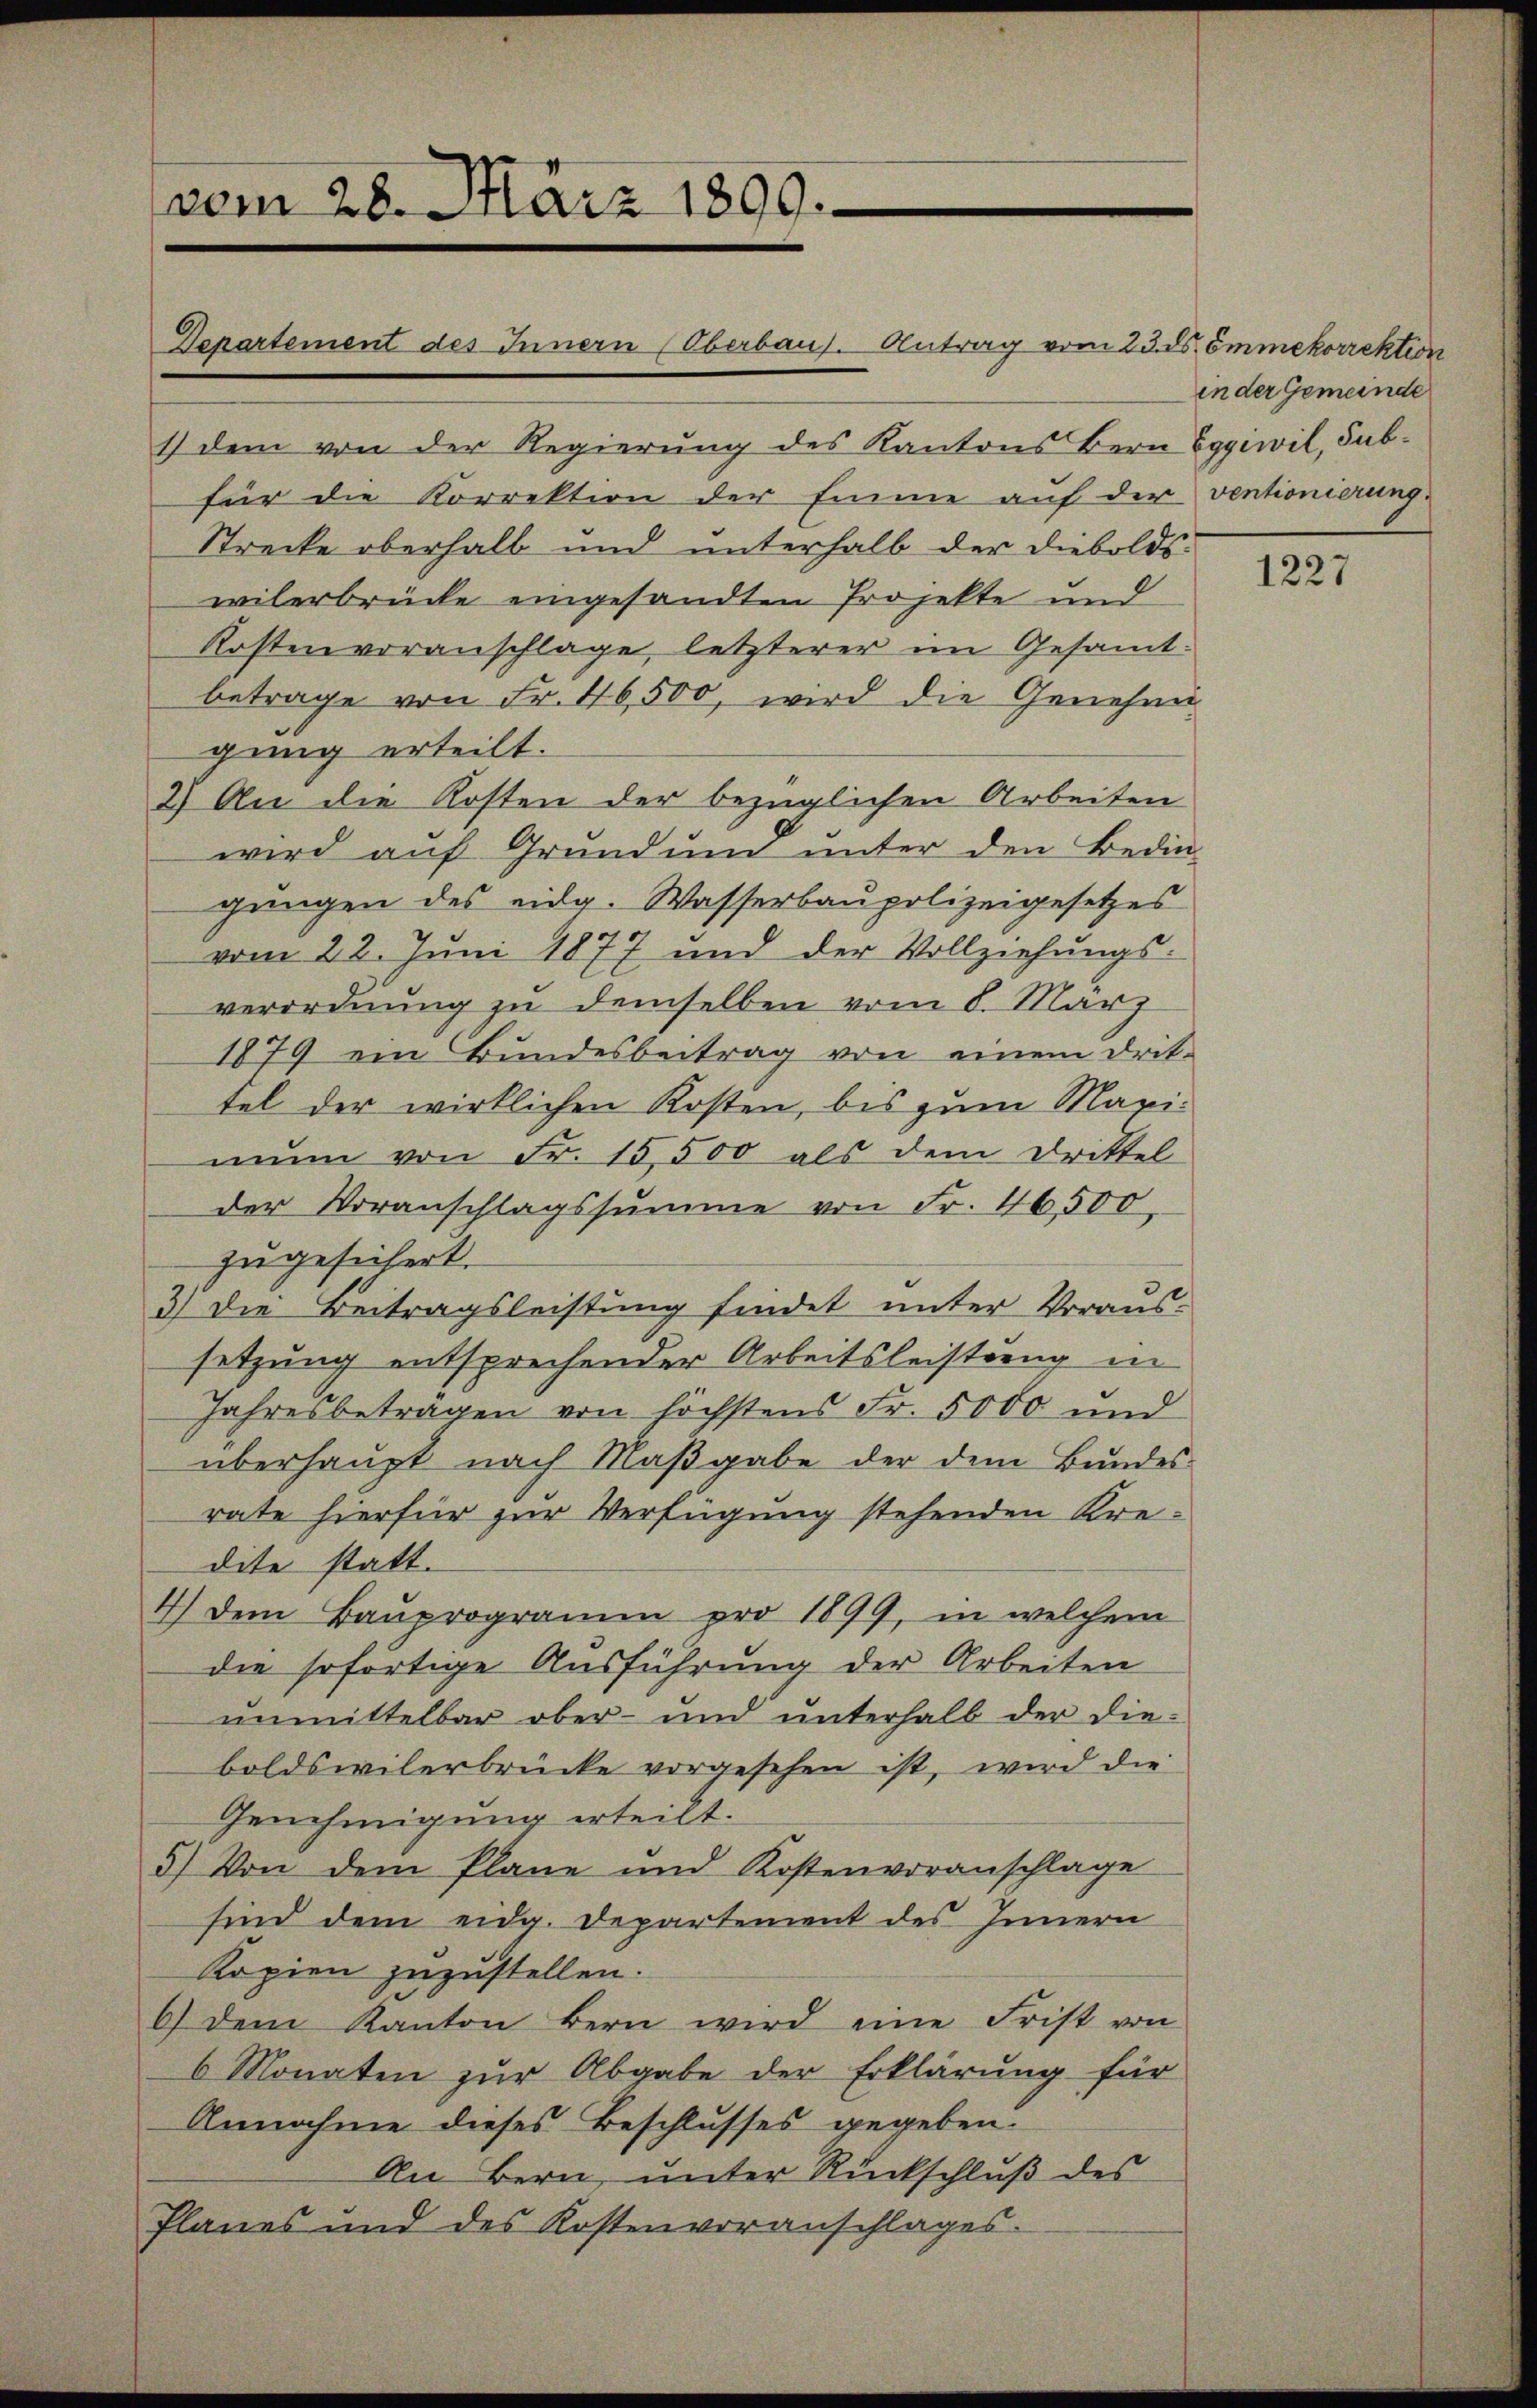
1) dem von der Regierung des Kantons Bern Eggiwil, Subfür die Korrektion der Emme auf der ventionierung
Strecke oberhalb und unterhalb der Dieboldswilerbrücke eingesandten Projekte und
Kosten voranschlage, letzterer im Gesamt-
betrage von Fr. 46,500, wird die Genehmi
gung erteilt.
2) An die Kosten der bezüglichen Arbeiten
wird auf Grundum unter den Bedin-
gungen des eidg. Wasserbaupolizeigesetzes
vom 22. Juni 1877 und der Vollziehŭngs-
verordnung zu demselben vom 8. März
1879 ein Bundesbeitrag von einem Drittel der wirklichen Kosten, bis zum Maximnn von Fr. 15,500 als dem Drittel
der Voranschlagssumme von Fr. 46500
zugesichert.
3.) Die Beitragsleistung findet unter Voraus-
setzung entsprechender Arbeitsleistung in
Jahresbeträgen von höchstens Fr. 5000 und
überhaupt nach Maβgabe der dem Bundes-
rate hierfür zur Verfügung stehenden Kredite statt.
4) Dem Baŭprogramm pro 1899, in welchem
die sofortige Ausführung der Arbeiten
unmittelbar ober- und unterhalb der dieboldswilerbrücke vorgesehen ist, wird die
Genehmigung erteilt.
5) Von dem Plane und Kostenvoranschlage
sind dem eidg. Departement des Innern
Kopien zuzustellen.
6) dem Kanton bern wird eine Frist von
6 Monaten zur Abgabe der Erklärung für
Annahme dieses Beschlusses gegeben.
An Bern, unter Rückschluß des
Planes und des Kostenvoranschlages.

vom 28. März 1890.

Departement des Innern (Oberbaus. Antrag vom 23. d. ömmekorrektion

in der Gemeinde

1227